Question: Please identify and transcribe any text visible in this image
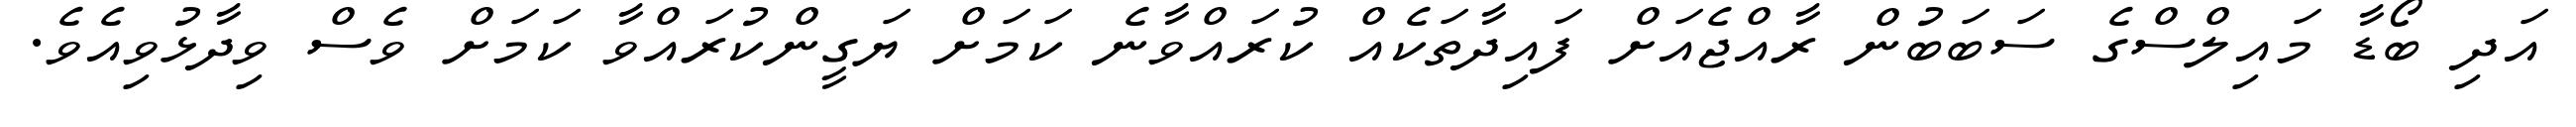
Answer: އަދި ބޯޑާ މައިލްސްގެ ސަބަބުން ރާއްޖެއަށް ފައިދާތަކެއް ކުރައްވާނެ ކަމަށް ޔަގީންކުރައްވާ ކަމަށް ވެސް ވިދާޅުވިއެވެ.